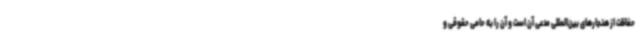
حفاظت از هنجارهای بین‌المللی مدعی آن است و آن را به حامی حقوقی و